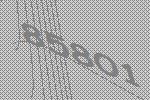
85801